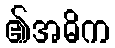
၏အဓိက